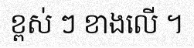
ខ្ពស់ ៗ ខាងលើ ។